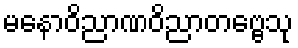
မနောဝိညာဏဝိညာတဗ္ဗေသု